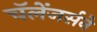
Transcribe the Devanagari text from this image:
चॅलेंजर्सने